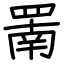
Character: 罱